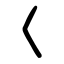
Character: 𡿨